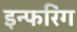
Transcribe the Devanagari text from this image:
इन्फरिंग